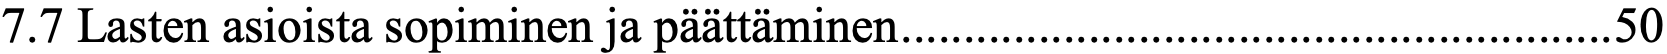
7.7 Lasten asioista sopiminen ja päättäminen ......................................................... 50